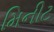
મિનીટ